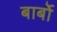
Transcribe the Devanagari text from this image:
बार्बो